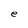
Character: e